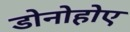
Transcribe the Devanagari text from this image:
डोनोहोए